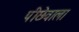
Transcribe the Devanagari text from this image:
पीछेवाला